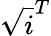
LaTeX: \sqrt{i}^{T}